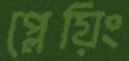
প্লেয়িং